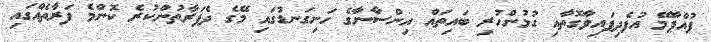
ފުއްޕާމޭ އުފެދިފައިވާގޮތާއި ގުޅުންހުރި ބައިތައް އިންސާނާގެ ހަށިގަނޑުގައި މޭގެ ދެފަރާތުންކުރެ ކޮންމެ ފަރާތެއްގައި